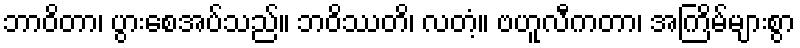
ဘာဝိတာ၊ ပွားစေအပ်သည်။ ဘဝိဿတိ၊ လတံ့။ ဗဟူလီကတာ၊ အကြိမ်များစွာ